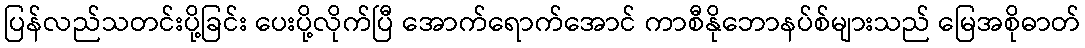
ပြန်လည်သတင်းပို့ခြင်း ပေးပို့လိုက်ပြီ အောက်ရောက်အောင် ကာစီနိုဘောနပ်စ်များသည် မြေအစိုဓာတ်